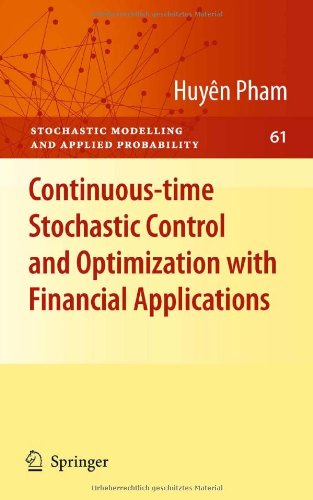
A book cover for Continuous-time Stochastic Control and Optimization with Financial Applications (Stochastic Modelling and Applied Probability); HuyÃªn Pham; Computers & Technology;